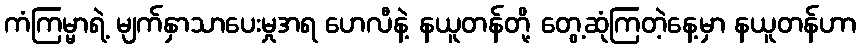
ကံကြမ္မာရဲ့ မျက်နှာသာပေးမှုအရ ဟေလီနဲ့ နယူတန်တို့ တွေ့ဆုံကြတဲ့နေ့မှာ နယူတန်ဟာ